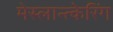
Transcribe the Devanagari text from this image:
मेस्लान्त्केरिंग